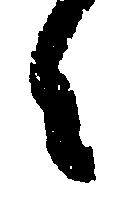
々